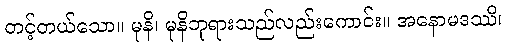
တင့်တယ်သော။ မုနိ၊ မုနိဘုရားသည်လည်းကောင်း။ အနောမဒဿိ၊